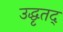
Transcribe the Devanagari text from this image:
उद्धृतद्